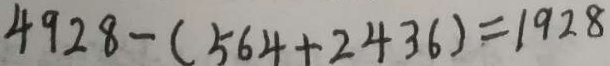
4 9 2 8 - ( 5 6 4 + 2 4 3 6 ) = 1 9 2 8